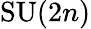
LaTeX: \mathrm{SU}(2n)